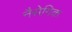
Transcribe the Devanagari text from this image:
नैसेगिक